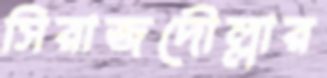
সিরাজদৌল্লার